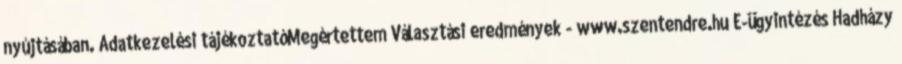
nyújtásában. Adatkezelési tájékoztatóMegértettem Választási eredmények - www.szentendre.hu E-ügyintézés Hadházy